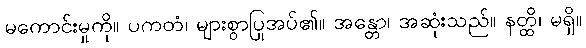
မကောင်းမှုကို။ ပကတံ၊ များစွာပြုအပ်၏။ အန္တော၊ အဆုံးသည်။ နတ္ထိ၊ မရှိ။